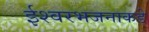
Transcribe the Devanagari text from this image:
ईश्वरभजनाकडे